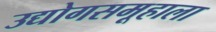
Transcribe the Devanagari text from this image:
उद्योगसमूहाला